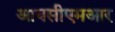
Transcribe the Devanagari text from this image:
आयसीएमआर